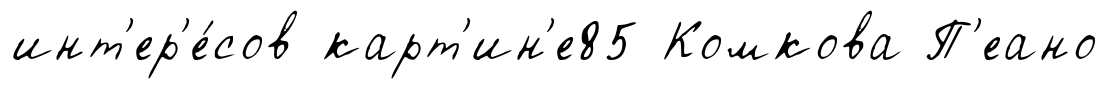
инт'ер'е́сов карт'ин'е85 Комкова П'еано